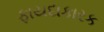
ફાયદાકારક